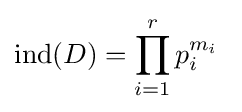
\mathrm {ind} (D)=\prod _{i=1}^{r}p_{i}^{m_{i}}\